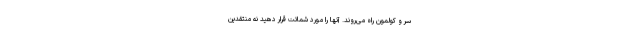
سر و کولمون راه می‌روند. آنها را مورد شماتت قرار دهید نه منتقدین